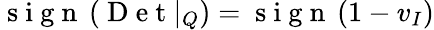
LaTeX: \mathrm{~s~i~g~n~}\left(\mathrm{~D~e~t~}|_{Q}\right)=\mathrm{~s~i~g~n~}\left(1-v_{I}\right)